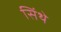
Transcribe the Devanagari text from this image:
सिंथे